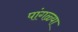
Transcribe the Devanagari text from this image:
पांगळ्या